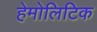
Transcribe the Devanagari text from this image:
हेमोलिटिक